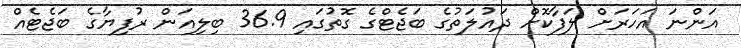
އަންނަ އަހަރަށް ލަފާކޮށް ދައުލަތުގެ ބަޖެޓްގެ ގޮތުގައި 36.9 ބިލިއަން ރުފިޔާގެ ބަޖެޓެއް